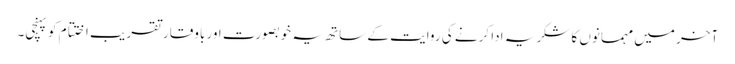
آخر میں مہمانوں کا شکریہ ادا کرنے کی روایت کے ساتھ یہ خوبصورت اور باوقار تقر یب اختتام کو پہنچی۔